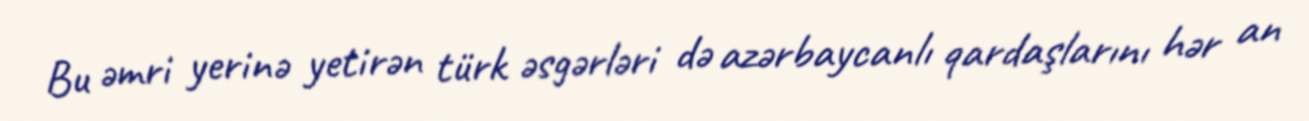
Bu əmri yerinə yetirən türk əsgərləri də azərbaycanlı qardaşlarını hər an